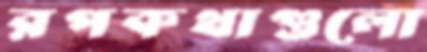
রপকথাগুলো